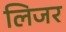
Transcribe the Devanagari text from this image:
लिजर